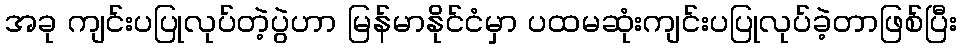
အခု ကျင်းပပြုလုပ်တဲ့ပွဲဟာ မြန်မာနိုင်ငံမှာ ပထမဆုံးကျင်းပပြုလုပ်ခဲ့တာဖြစ်ပြီး